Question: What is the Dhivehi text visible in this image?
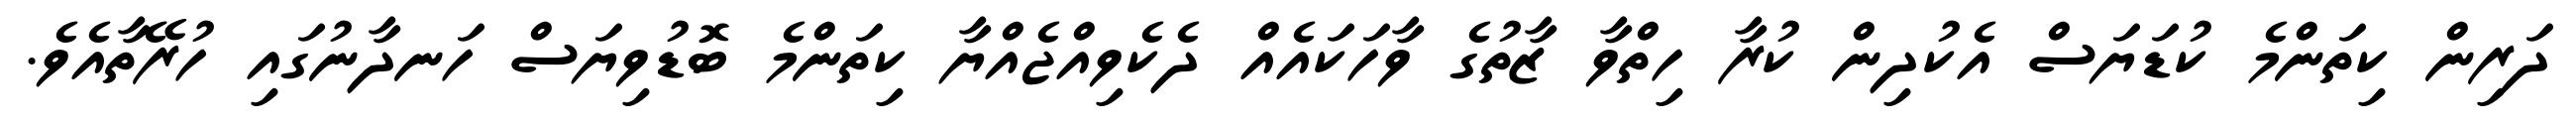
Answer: ދަރިން ކިތަންމެ ކުޑަޔަސް އެކުދިން ކުރާ ހިތްވާ ޒާތުގެ ވާހަކައެއް ދެކެވިއްޖެއްޔާ ކިތަންމެ ބޮޑުވިޔަސް ހަނދާނުގައި ހުރޭތާއެވެ.